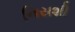
નિરાશી